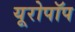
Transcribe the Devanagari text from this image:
यूरोपॉप